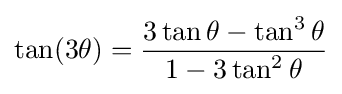
\tan(3\theta )={\frac {3\tan \theta -\tan ^{3}\theta }{1-3\tan ^{2}\theta }}